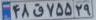
۴۸ق۷۵۵۲۹